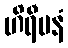
ဟိရီမနံ